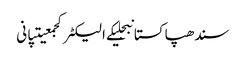
سندھپاکستانبجلیکے الیکٹرکجمعیتپانی